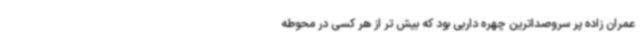
عمران زاده پر سروصداترین چهره داربی بود که بیش تر از هر کسی در محوطه